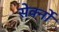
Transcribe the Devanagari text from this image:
सेर्क्नो